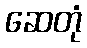
ဆေတုံ